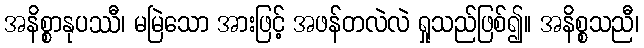
အနိစ္စာနုပဿီ၊ မမြဲသော အားဖြင့် အဖန်တလဲလဲ ရှုသည်ဖြစ်၍။ အနိစ္စသညီ၊